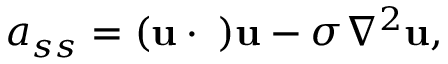
a _ { s s } = ( { \bf u } \cdot { \bf \nabla } ) { \bf u } - \sigma \nabla ^ { 2 } { \bf u } ,